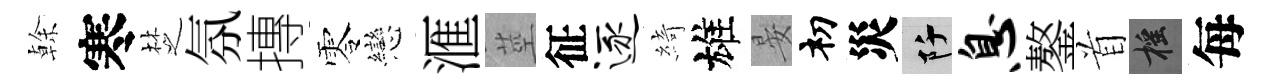
𠏉寒椘氛摶零戀滙莖征逐綺雄晏𥘉災阡息鏊首摇每